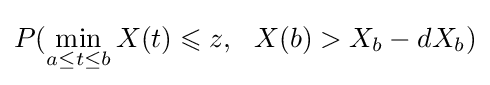
P(\min _{a\leq t\leq b}X(t)\leqslant z,\ \ X(b)>X_{b}-dX_{b})